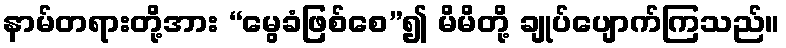
နာမ်တရားတို့အား “မွေခံဖြစ်စေ”၍ မိမိတို့ ချုပ်ပျောက်ကြသည်။